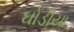
ઘોડીયા